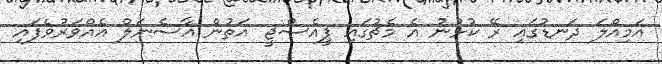
އަމިއްލަ ދަނޑުގައި ރޭ ކުޅުނު އެ މެޗުގައި ޕީއެސްޖީ އަތުން އާސެނަލް އެއްވަރުވެފައި